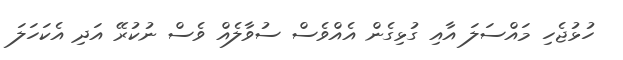
ހުޅުޖެހި މައްސަލަ އާއި ގުޅިގެން އެއްވެސް ސުވާލެއް ވެސް ނުކުރޭ އަދި އެކަހަލަ